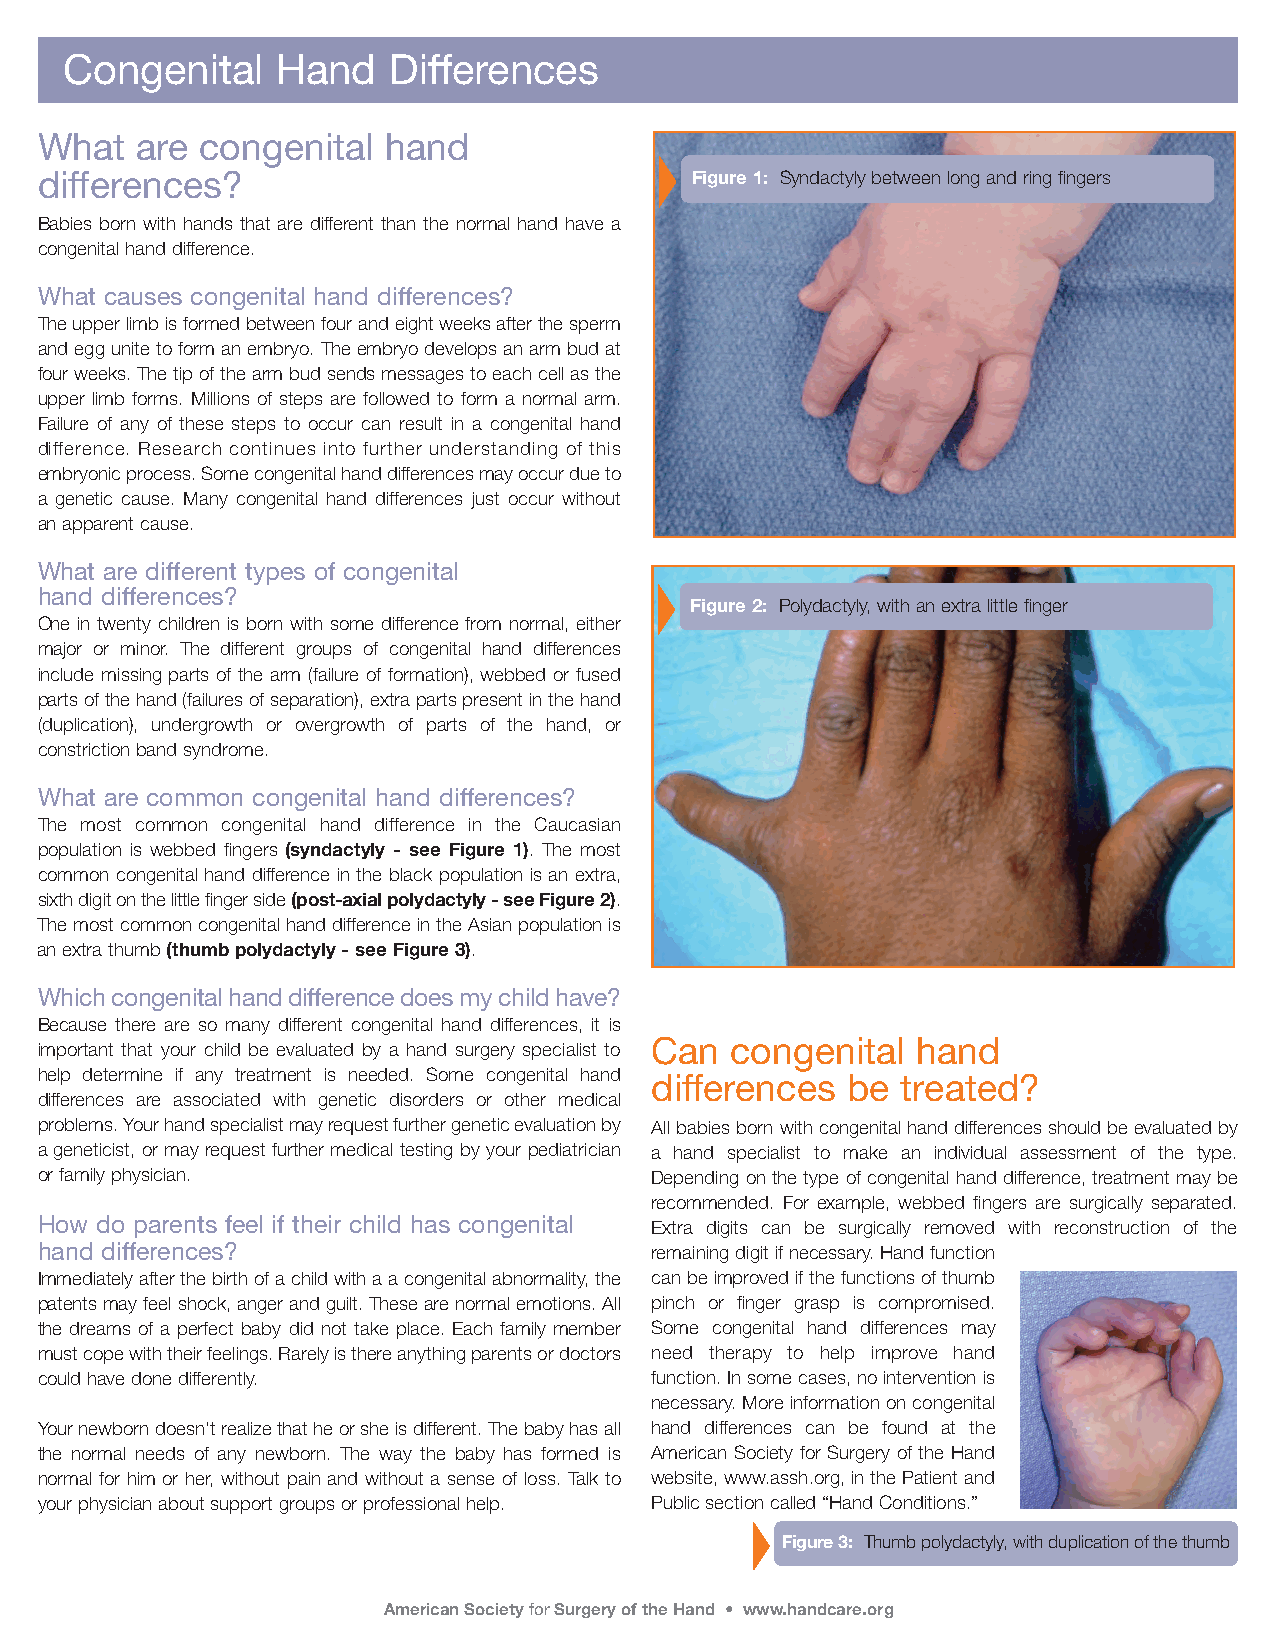
Congenital    Hand    Differences
 What   are congenital   hand
 differences?                                Figure 1: Syndactyly between long and ring fingers
 Babies born with hands that are different than the normal hand have a
 congenital hand difference.
 What causes congenital hand differences?
 The upper limb is formed between four and eight weeks after the sperm
 and egg unite to form an embryo. The embryo develops an arm bud at
 four weeks. The tip of the arm bud sends messages to each cell as the
 upper limb forms. Millions of steps are followed to form a normal arm.
 Failure of any of these steps to occur can result in a congenital hand
 difference. Research continues into further understanding of this
 embryonicprocess. Some congenital hand differences may occur due to
 a genetic cause. Many congenital hand differences just occur without
 anapparent cause.
 What are different types of congenital
 hand differences?
 Figure 2: Polydactyly, with an extra little finger
 One in twenty children is born with some difference from normal, either
 major or minor. The different groups of congenital hand differences
 include missing parts of the arm (failure of formation), webbed or fused
 parts of the hand (failures of separation), extra parts present in the hand
 (duplication), undergrowth or overgrowth of parts of the hand, or
 constriction band syndrome.
 What are common congenital hand differences?
 The most common congenital hand difference in the Caucasian
 population is webbed fingers (syndactyly - see Figure 1). The most
 common congenital hand difference in the black population is an extra,
 sixth digit on the little finger side (post-axial polydactyly - see Figure 2).
 The most common congenital hand difference in the Asian population is
 an extra thumb (thumb polydactyly - see Figure 3).
 Which congenital hand difference does my child have?
 Because there are so many different congenital hand differences, it is
 Can  congenital   hand
 important that your child be evaluated by a hand surgery specialist to
 help determine if any treatment is needed. Some congenital hand differences be treated?
 differences are associated with genetic disorders or other medical
 problems. Your hand specialist may request further genetic evaluation by All babies born with congenital hand differences should be evaluated by
 a geneticist, or may request further medical testing by your pediatrician a hand specialist to make an individual assessment of the type.
 or family physician.                     Depending on the type of congenital hand difference, treatment may be
 recommended. For example, webbed fingers are surgically separated.
 How do parents feel if their child has congenital Extra digits can be surgically removed with reconstruction of the
 hand differences?                        remaining digit if necessary. Hand function
 Immediately after the birth of a child with a a congenital abnormality, the can be improved if the functions of thumb
 patents may feel shock, anger and guilt. These are normal emotions. All pinch or finger grasp is compromised.
 the dreams of a perfect baby did not take place. Each family member Some congenital hand differences may
 must cope with their feelings. Rarely is there anything parents or doctors need therapy to help improve hand
 could have done differently.             function. In some cases, no intervention is
 necessary. More information on congenital
 Your newborn doesn’t realize that he or she is different. The baby has all hand differences can be found at the
 the normal needs of any newborn. The way the baby has formed is American Society for Surgery of the Hand
 normal for him or her, without pain and without a sense of loss. Talk to website, www.assh.org, in the Patient and
 your physician about support groups or professional help. Public section called “Hand Conditions.”
 Figure 3: Thumb polydactyly, with duplication of the thumb
 American Society forSurgery of the Hand • www.handcare.org